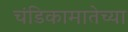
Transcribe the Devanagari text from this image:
चंडिकामातेच्या